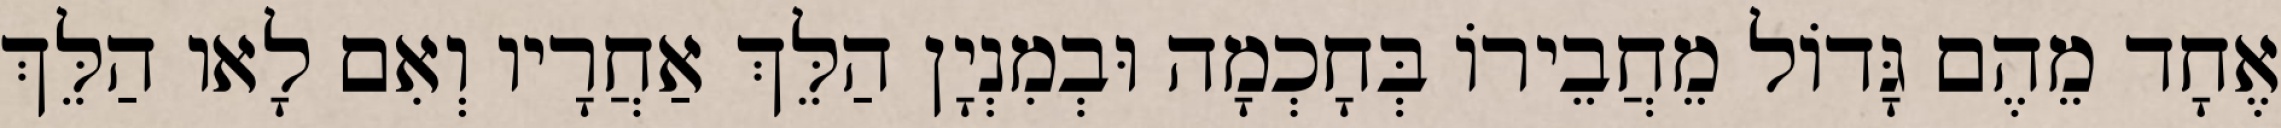
אֶחָד מֵהֶם גָּדוֹל מֵחֲבֵירוֹ בְּחָכְמָה וּבְמִנְיָן הַלֵּךְ אַחֲרָיו וְאִם לָאו הַלֵּךְ